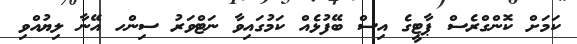
ކަމަށް ކޮންގްރެސް ޕާޓީގެ އިސް ބޭފުޅެއް ކަމުގައިވާ ނަޓްވަރު ސިންހ އޭނާ ލިޔުއްވި